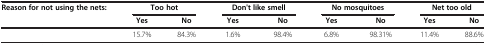
<table><thead><tr><td><b>Reason for not using the nets:</b></td><td colspan="2"><b>Too hot</b></td><td colspan="2"><b>Don&#x27;t like smell</b></td><td colspan="2"><b>No mosquitoes</b></td><td colspan="2"><b>Net too old</b></td></tr><tr><td><b> </b></td><td><b>Yes</b></td><td><b>No</b></td><td><b>Yes</b></td><td><b>No</b></td><td><b>Yes</b></td><td><b>No</b></td><td><b>Yes</b></td><td><b>No</b></td></tr></thead><tbody><tr><td> </td><td>15.7%</td><td>84.3%</td><td>1.6%</td><td>98.4%</td><td>6.8%</td><td>98.31%</td><td>11.4%</td><td>88.6%</td></tr></tbody></table>